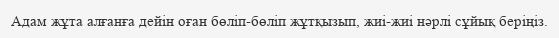
Адам жұта алғанға дейін оған бөліп-бөліп жұтқызып, жиі-жиі нәрлі сұйық беріңіз.